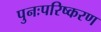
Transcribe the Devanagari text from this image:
पुनःपरिष्करण